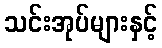
သင်းအုပ်များနှင့်